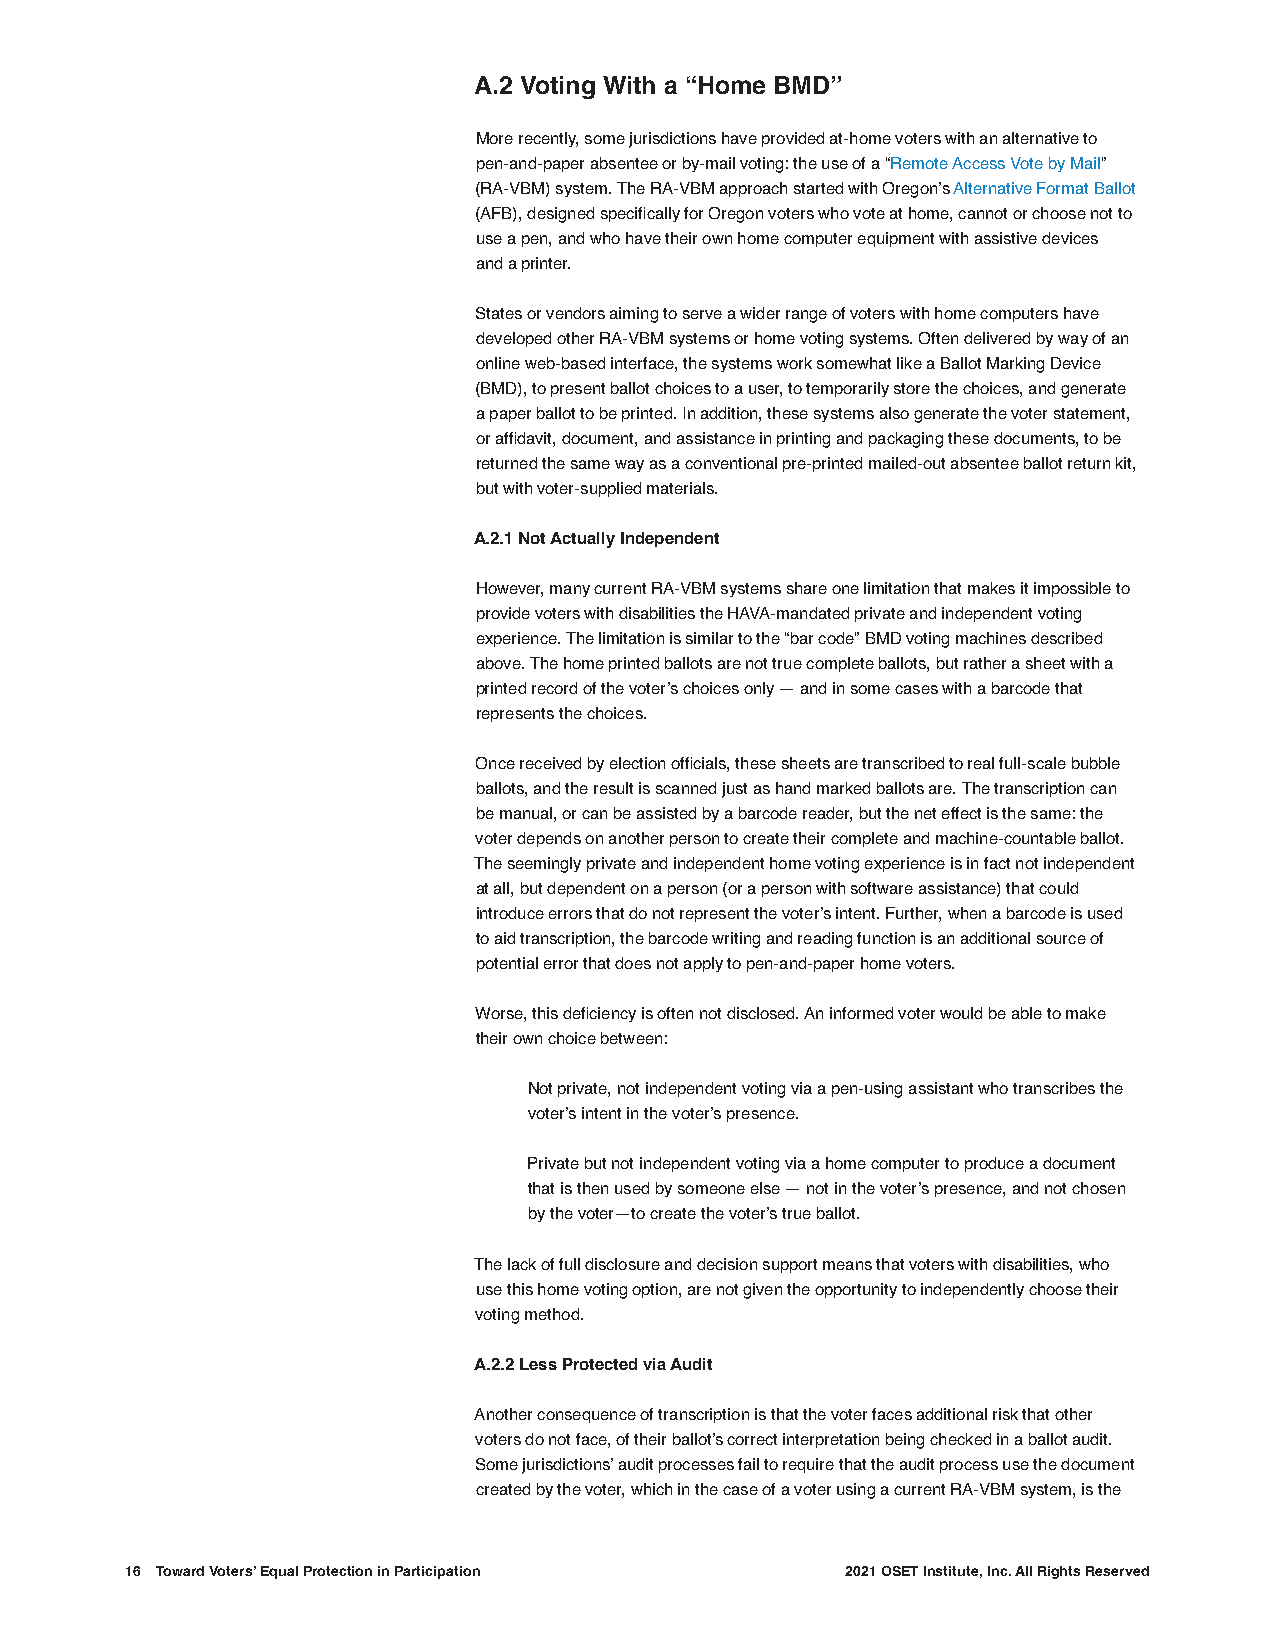
A.2 Voting With a “Home BMD”
 More recently, some jurisdictions have provided at-home voters with an alternative to
 pen-and-paper absentee or by-mail voting: the use of a “Remote Access Vote by Mail”
 (RA-VBM) system. The RA-VBM approach started with Oregon’s Alternative Format Ballot
 (AFB), designed specifically for Oregon voters who vote at home, cannot or choose not to
 use a pen, and who have their own home computer equipment with assistive devices
 and a printer.
 States or vendors aiming to serve a wider range of voters with home computers have
 developed other RA-VBM systems or home voting systems. Often delivered by way of an
 online web-based interface, the systems work somewhat like a Ballot Marking Device
 (BMD), to present ballot choices to a user, to temporarily store the choices, and generate
 a paper ballot to be printed. In addition, these systems also generate the voter statement,
 or affidavit, document, and assistance in printing and packaging these documents, to be
 returned the same way as a conventional pre-printed mailed-out absentee ballot return kit,
 but with voter-supplied materials.
 A.2.1 Not Actually Independent
 However, many current RA-VBM systems share one limitation that makes it impossible to
 provide voters with disabilities the HAVA-mandated private and independent voting
 experience. The limitation is similar to the “bar code” BMD voting machines described
 above. The home printed ballots are not true complete ballots, but rather a sheet with a
 printed record of the voter’s choices only — and in some cases with a barcode that
 represents the choices.
 Once received by election officials, these sheets are transcribed to real full-scale bubble
 ballots, and the result is scanned just as hand marked ballots are. The transcription can
 be manual, or can be assisted by a barcode reader, but the net effect is the same: the
 voter depends on another person to create their complete and machine-countable ballot.
 The seemingly private and independent home voting experience is in fact not independent
 at all, but dependent on a person (or a person with software assistance) that could
 introduce errors that do not represent the voter’s intent. Further, when a barcode is used
 to aid transcription, the barcode writing and reading function is an additional source of
 potential error that does not apply to pen-and-paper home voters.
 Worse, this deficiency is often not disclosed. An informed voter would be able to make
 their own choice between:
 Not private, not independent voting via a pen-using assistant who transcribes the
 voter’s intent in the voter’s presence.
 Private but not independent voting via a home computer to produce a document
 that is then used by someone else — not in the voter’s presence, and not chosen
 by the voter—to create the voter’s true ballot.
 The lack of full disclosure and decision support means that voters with disabilities, who
 use this home voting option, are not given the opportunity to independently choose their
 voting method.
 A.2.2 Less Protected via Audit
 Another consequence of transcription is that the voter faces additional risk that other
 voters do not face, of their ballot’s correct interpretation being checked in a ballot audit.
 Some jurisdictions’ audit processes fail to require that the audit process use the document
 created by the voter, which in the case of a voter using a current RA-VBM system, is the
 16 Toward Voters’ Equal Protection in Participation 2021 OSET Institute, Inc. All Rights Reserved